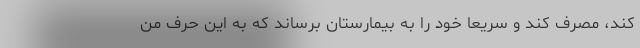
کند، مصرف کند و سریعا خود را به بیمارستان برساند که به این حرف من